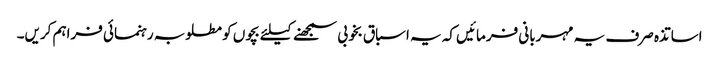
اساتذہ صرف یہ مہربانی فرمائیں کہ یہ اسباق بخوبی سمجھنے کیلئے بچوں کو مطلوبہ رہنمائی فراہم کریں۔